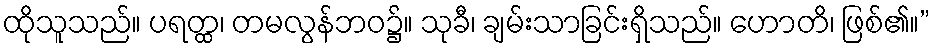
ထိုသူသည်။ ပရတ္ထ၊ တမလွန်ဘဝ၌။ သုခီ၊ ချမ်းသာခြင်းရှိသည်။ ဟောတိ၊ ဖြစ်၏။”